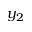
y _ { 2 }